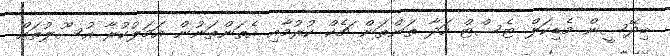
ބިދޭސީން މެޑިކަލް ޓެސްޓް ހަދާ ތަންތަން ޗެކް ކުރުމާއި އެތަންތަނުން އަމަލުކުރާ އުސޫލުތައް